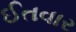
ઈતવાર